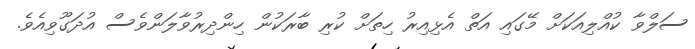
ސަލްވާ ކުއްލިއަކަށް މޭގައި އަތް އެޅިއިރު ހިތަށް ކުރި ބާރަކުން ހިންދިރުވާލަންވެސް އުދަގޫވިއެވެ.